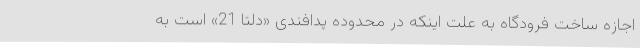
اجازه ساخت فرودگاه به علت اینکه در محدوده پدافندی «دلتا 21» است به